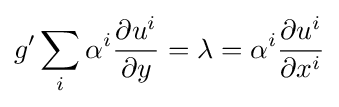
g'\sum _{i}\alpha ^{i}{\frac {\partial u^{i}}{\partial y}}=\lambda =\alpha ^{i}{\frac {\partial u^{i}}{\partial x^{i}}}